65_HS1-834228961_62-HQ-83894_Section_2
Agency: FBI
Page 64
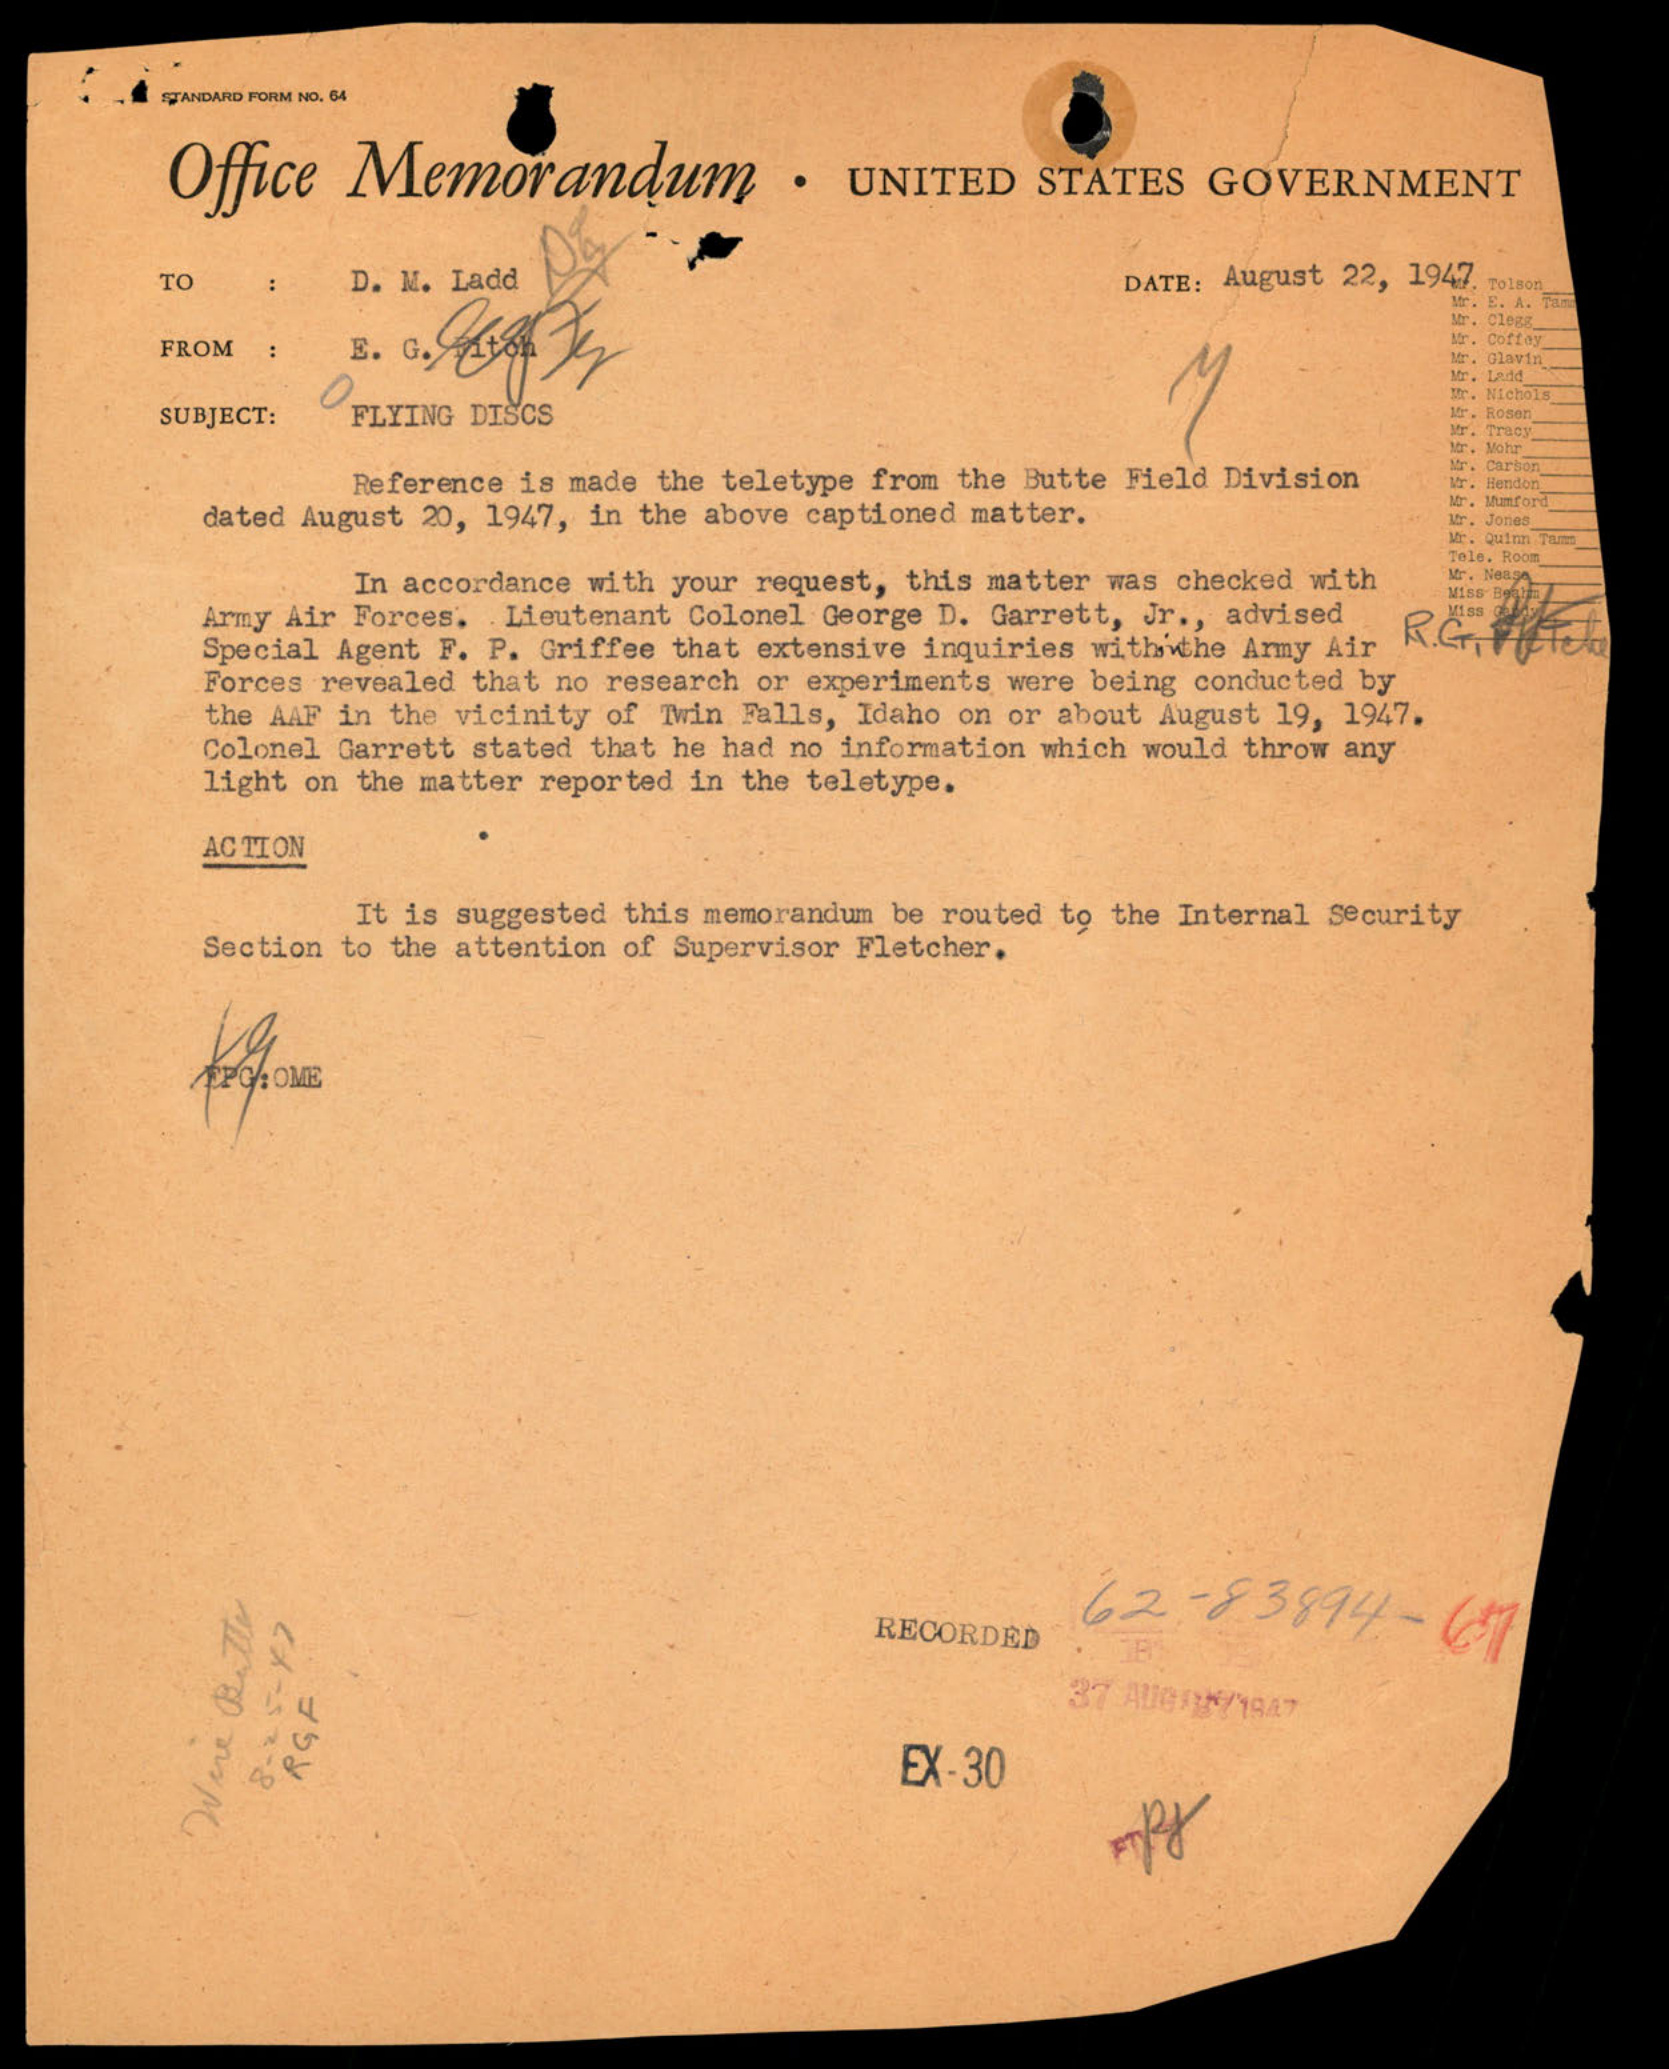